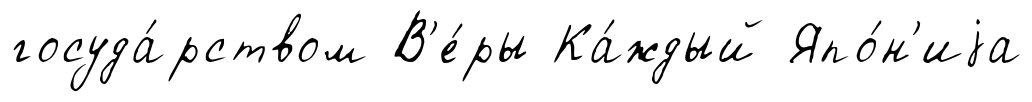
госуда́рством В'е́ры Ка́ждый Япо́н'иjа